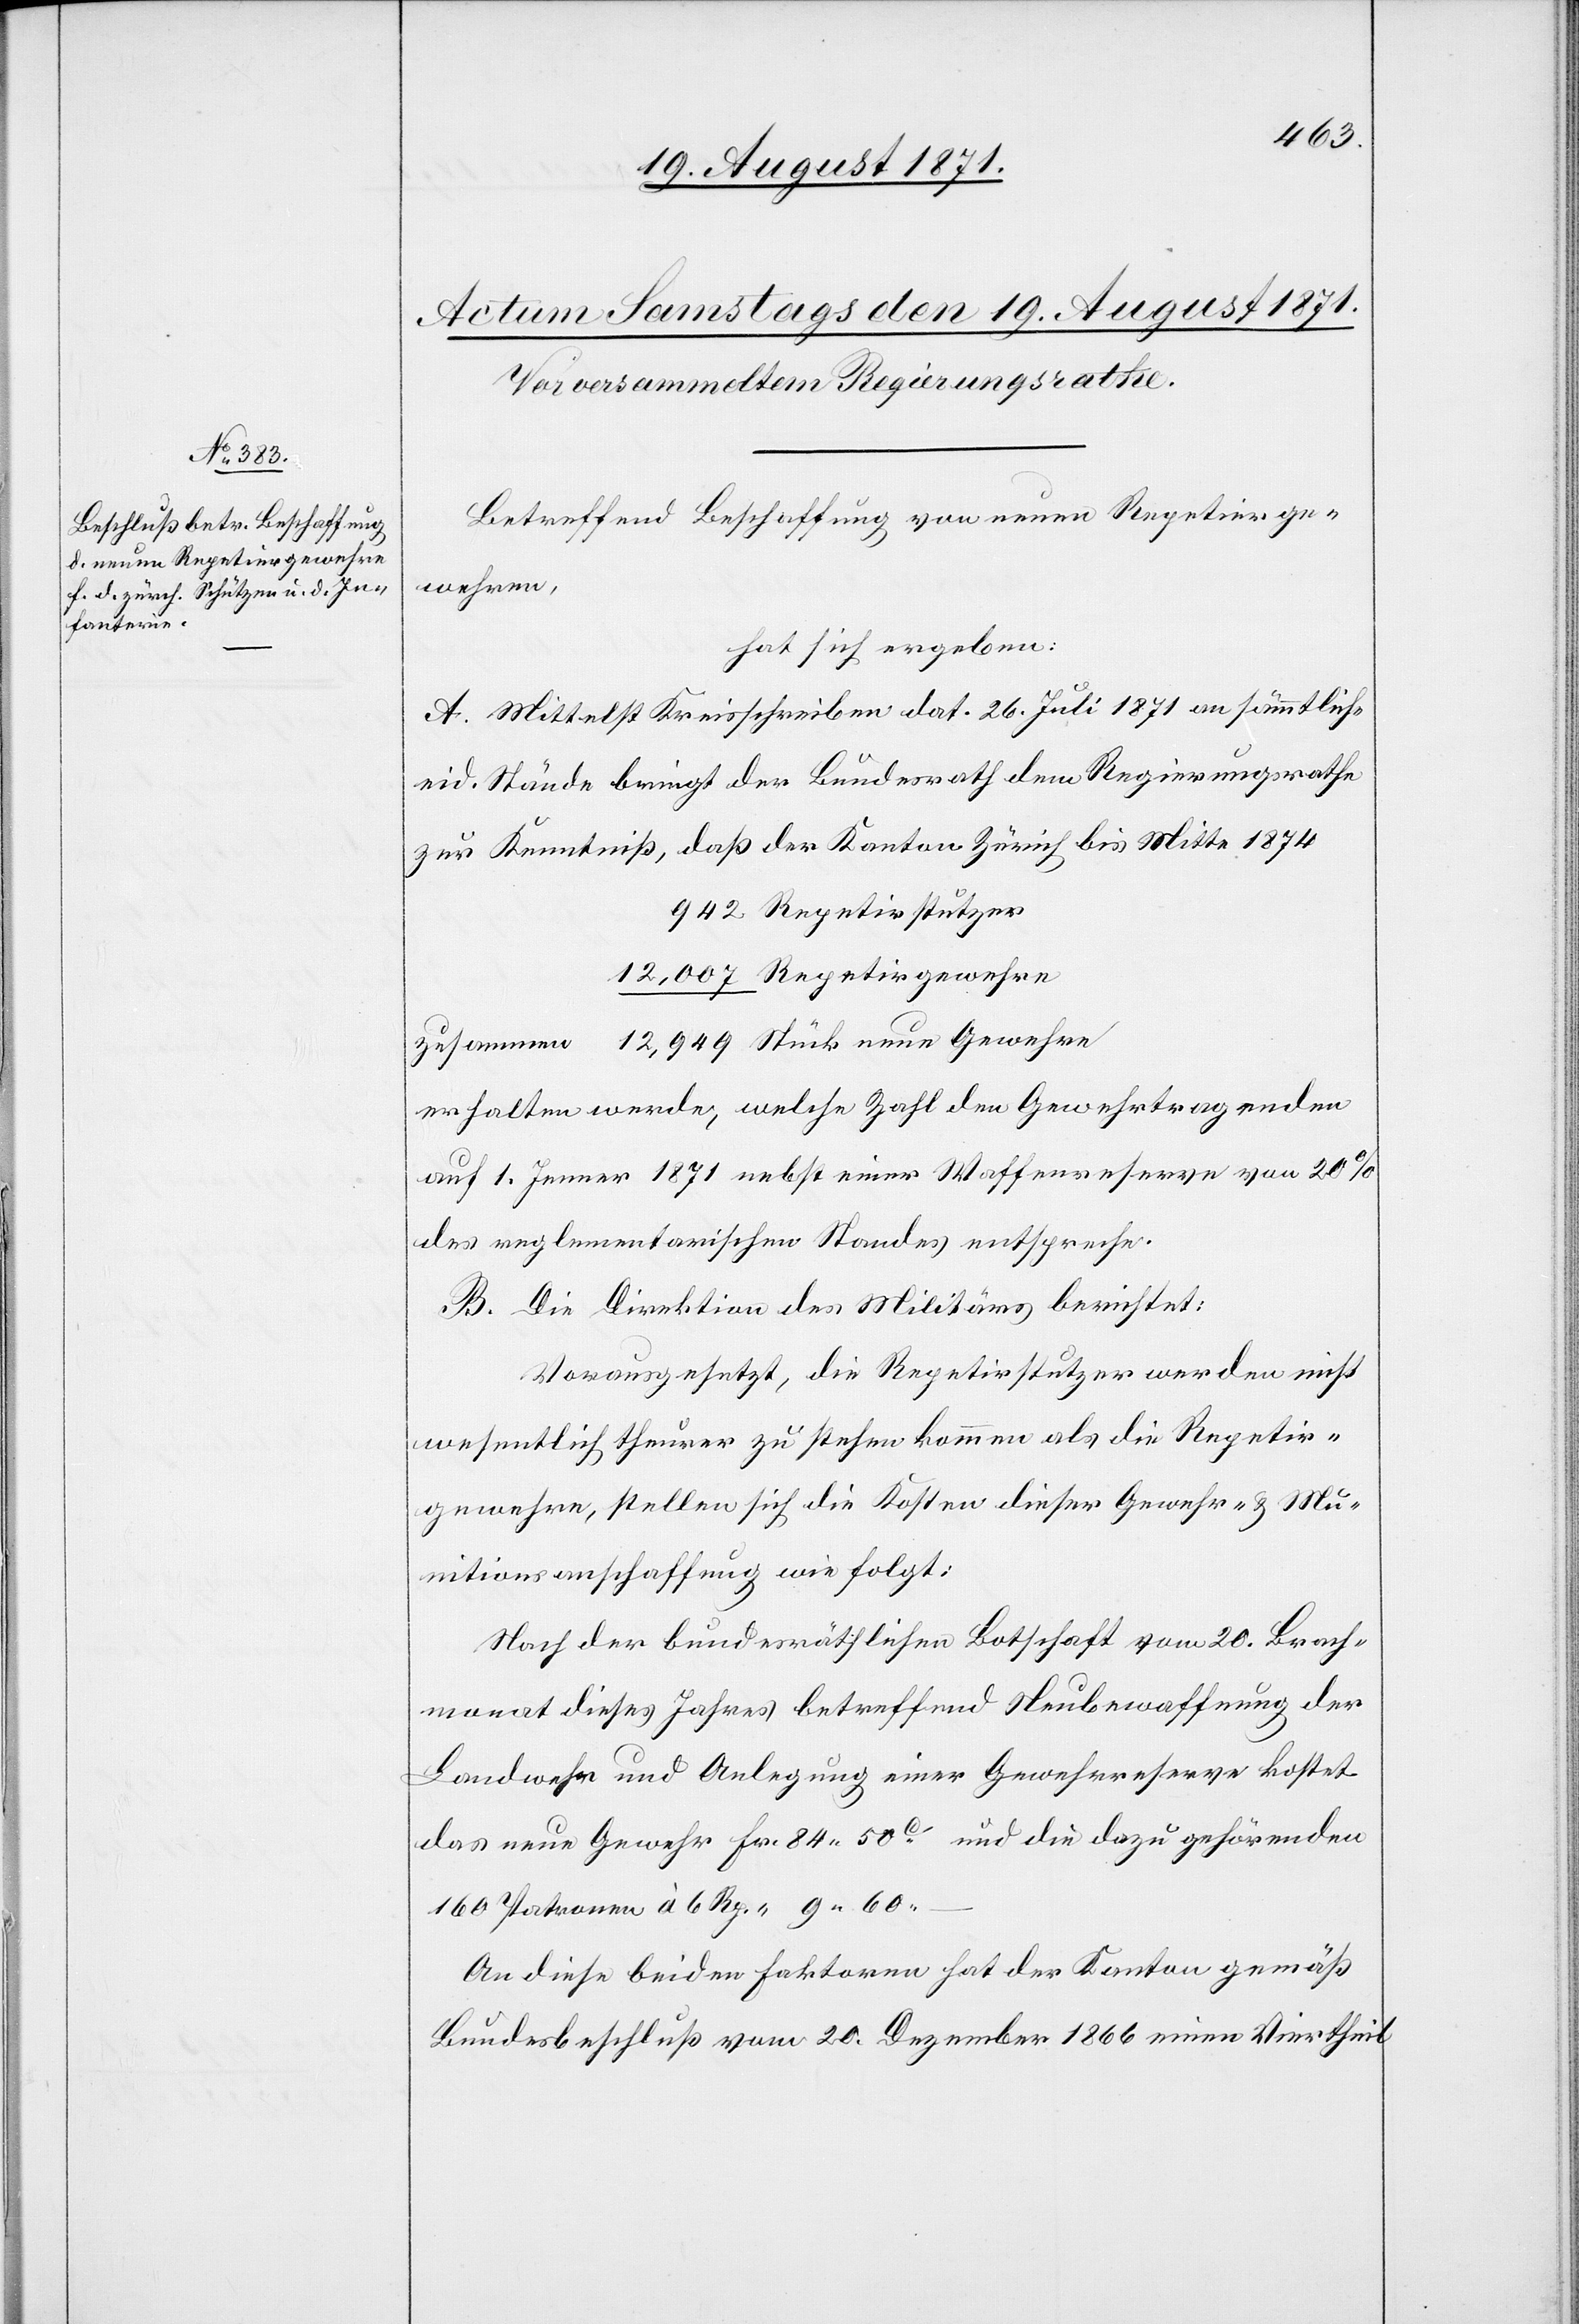
Betreffend Beschaffung von neuen Repetierge¬
wehren,
hat sich ergeben:
A. Mittelst Kreisschreiben dat. 26. Juli 1871 an sämmtliche
eid. Stände bringt der Bundesrath dem Regierungsrathe
zur Kenntniß, daß der Kanton Zürich bis Mitte 1874
erhalten werde, welche Zahl den Gewehrtragenden
auf 1. Jenner 1871 nebst einer Waffenreserve von 20%
des reglementarischen Standes entspreche.
B. Die Direktion des Militärs berichtet:
Vorausgesetzt, die Repetirstutzer werden nicht
wesentlich theurer zu stehen kommen als die Repetir¬
gewehre, stellen sich die Kosten dieser Gewehr- & Mu¬
nitionsanschaffung wie folgt:
Nach der bundesräthlichen Botschaft vom 20. Brach¬
monat dieses Jahres betreffend Neubewaffnung der
Landwehr und Anlegung einer Gewehrreserve kostet
das neue Gewehr Fr. 84 50c und die dazu gehörenden
160 Patronen à 6 Rp. = 9 60 –
An diese beiden Faktoren hat der Kanton gemäß
Bundesbeschluß vom 20. Dezember 1866 einen Viertheil